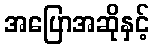
အပြောအဆိုနှင့်